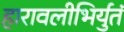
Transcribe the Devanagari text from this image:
हारावलीभिर्युतं